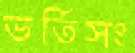
ভর্তিসং